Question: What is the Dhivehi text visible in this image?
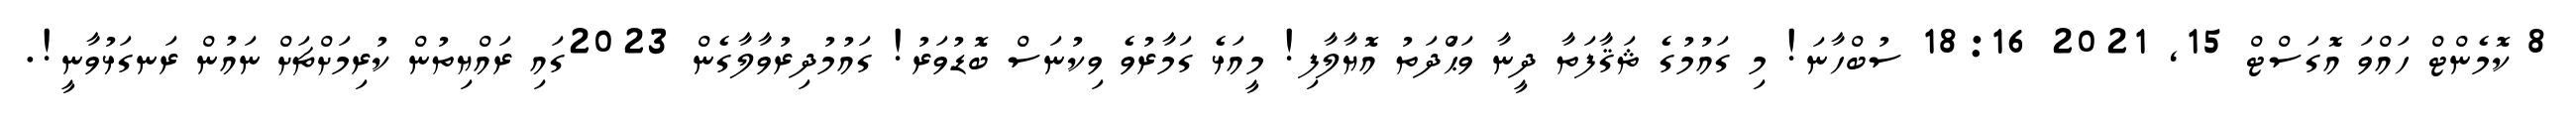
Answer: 8 ކޮމެންޓް ހައްވަ އޮގަސްޓް 15, 2021 18:16 ސުބްހާނަ! މި ގައުމުގެ ޘަޤާފަތާ ދީނާ ވަޙްަދަތު އޮޔާލާފި! މީއަޅެ ގަމާރުވެ ވިކުނަސް ބޮޑުވަރު! ގައުމުދިރުވާލާގެން 2023ގައި ރައްޔިތުން ކުރިމަށްޗަށް ނައުން ރަނގަޅުވާނީ!.